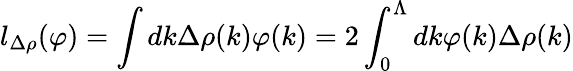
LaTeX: l_{\Delta\rho}(\varphi)=\int dk\Delta\rho(k)\varphi(k)=2\int_{0}^{\Lambda}dk\varphi(k)\Delta\rho(k)